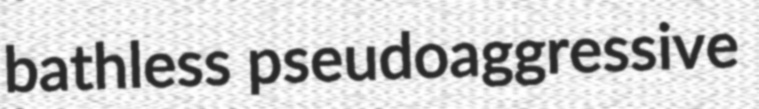
bathless pseudoaggressive